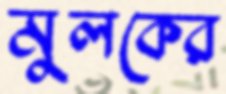
মুলকের